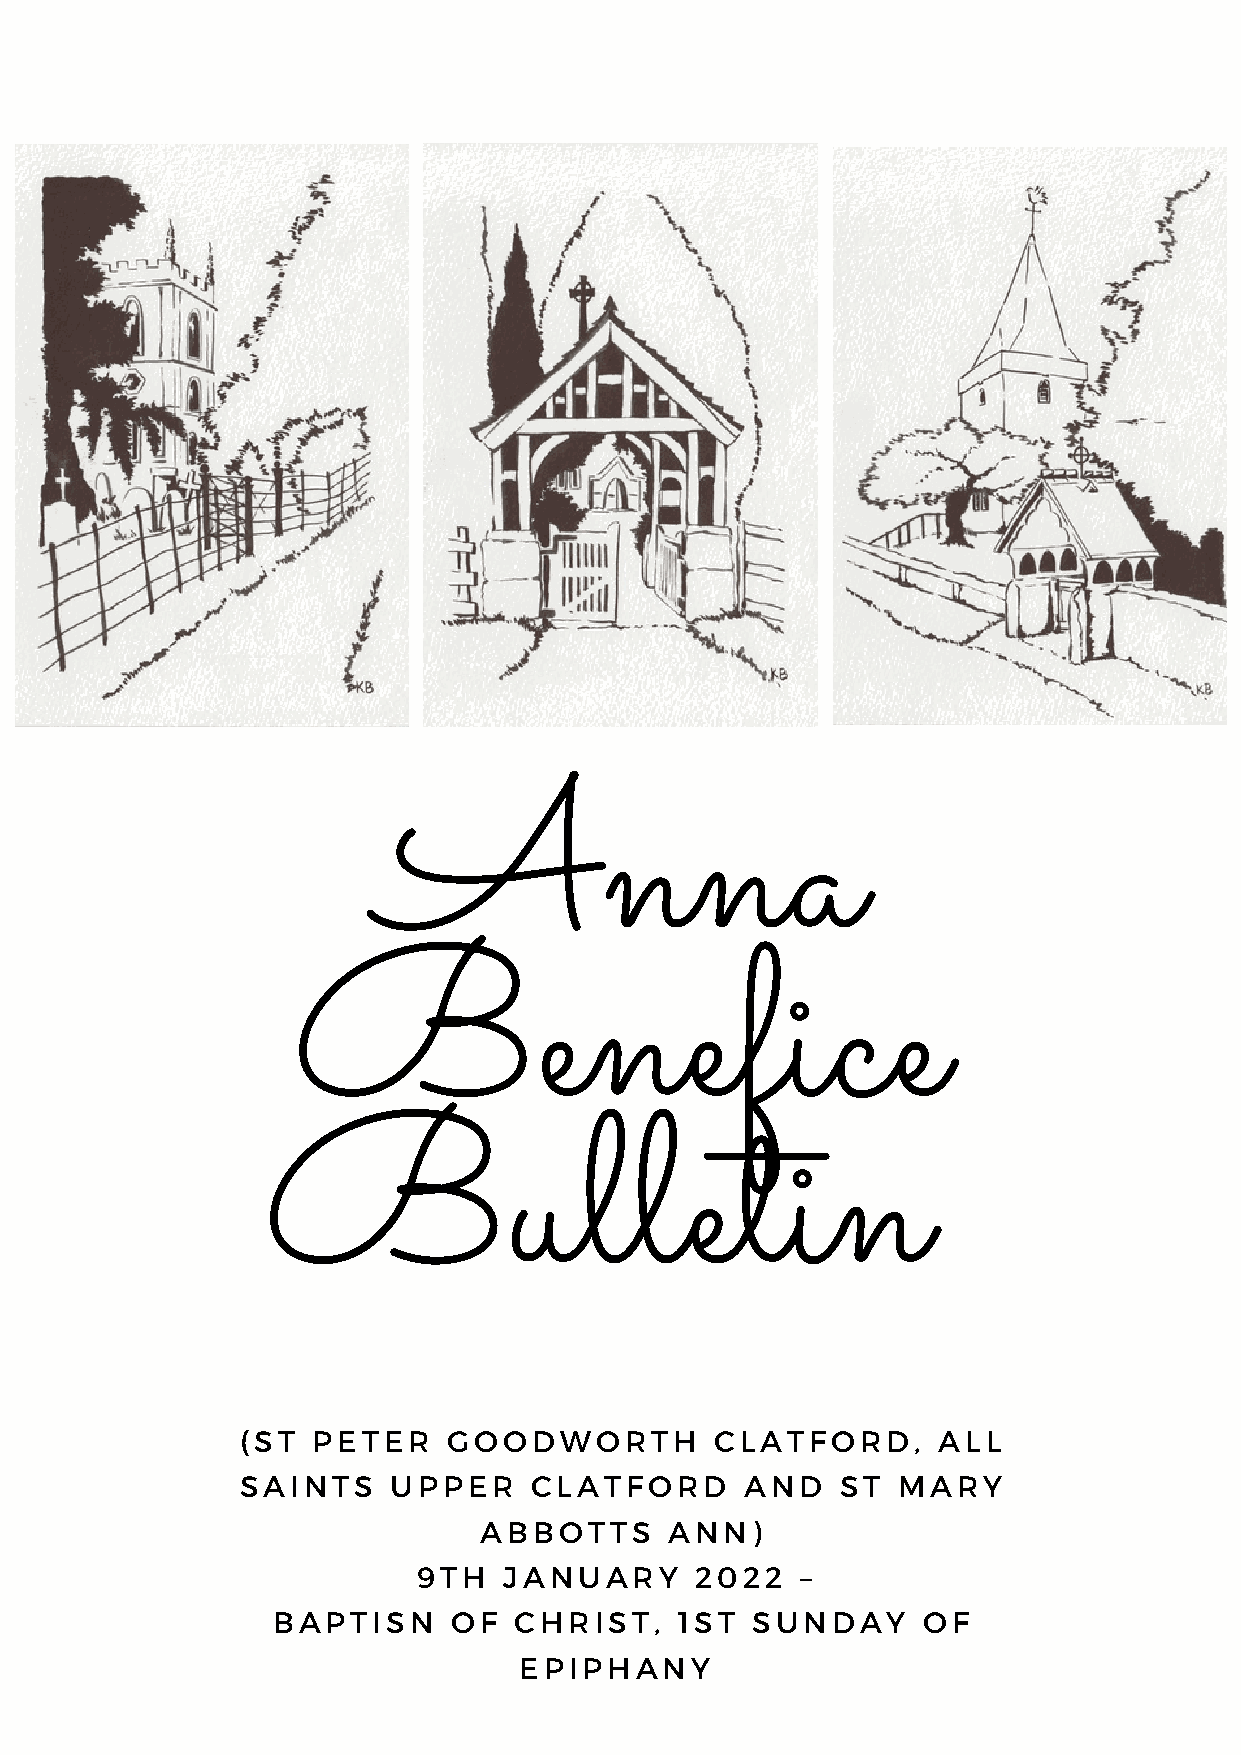
Anna
 Benefice
 Bulletin
 (ST  PETER    GOODWORTH        CLATFORD,      ALL
 SAINTS    UPPER    CLATFORD      AND    ST MARY
 ABBOTTS     ANN)
 9TH  JANUARY      2022   –
 BAPTISN     OF  CHRIST,    1ST  SUNDAY     OF
 EPIPHANY